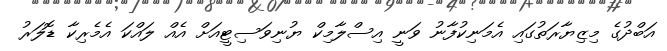
އަބްދުގެ މިޒިޔާރަތުގައި އެމަނިކުފާނު ވަނީ އިސްލާމިކް ޔުނިވަސިޓީއަށް އެެއް ލައްކަ އެމެރިކާ ޑޮލަރު